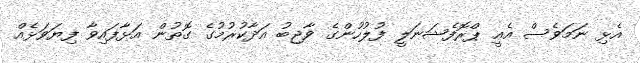
އެޅި ނަމަވެސް އެއީ ޕްރޮފެޝަނަލީ ފުލުހުންގެ ވާޖިބު އަދާކުރުމުގެ ގޮތުން އަޅާފައިވާ ފިޔަވަޅެއް